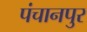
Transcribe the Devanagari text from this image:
पंचानपुर